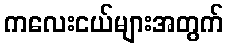
ကလေးငယ်များအတွက်